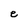
Character: e